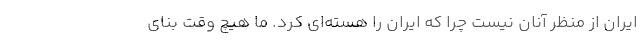
ایران از منظر آنان نیست چرا که ایران را هسته‌ای کرد. ما هیچ وقت بنای